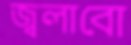
জ্বলাবো